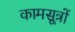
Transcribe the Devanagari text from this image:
कामसूत्रों